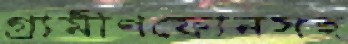
গ্রামীণফোনসহ